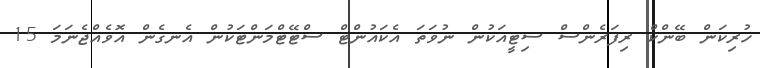
ހުރިކަން ބޭންކް ރިފަރެންސް ސިޓީއަކުން ނުވަތަ އެކައުންޓް ސްޓޭޓްމަންޓަކުން އެނގެން އޮވެއްޖެނަމަ 15